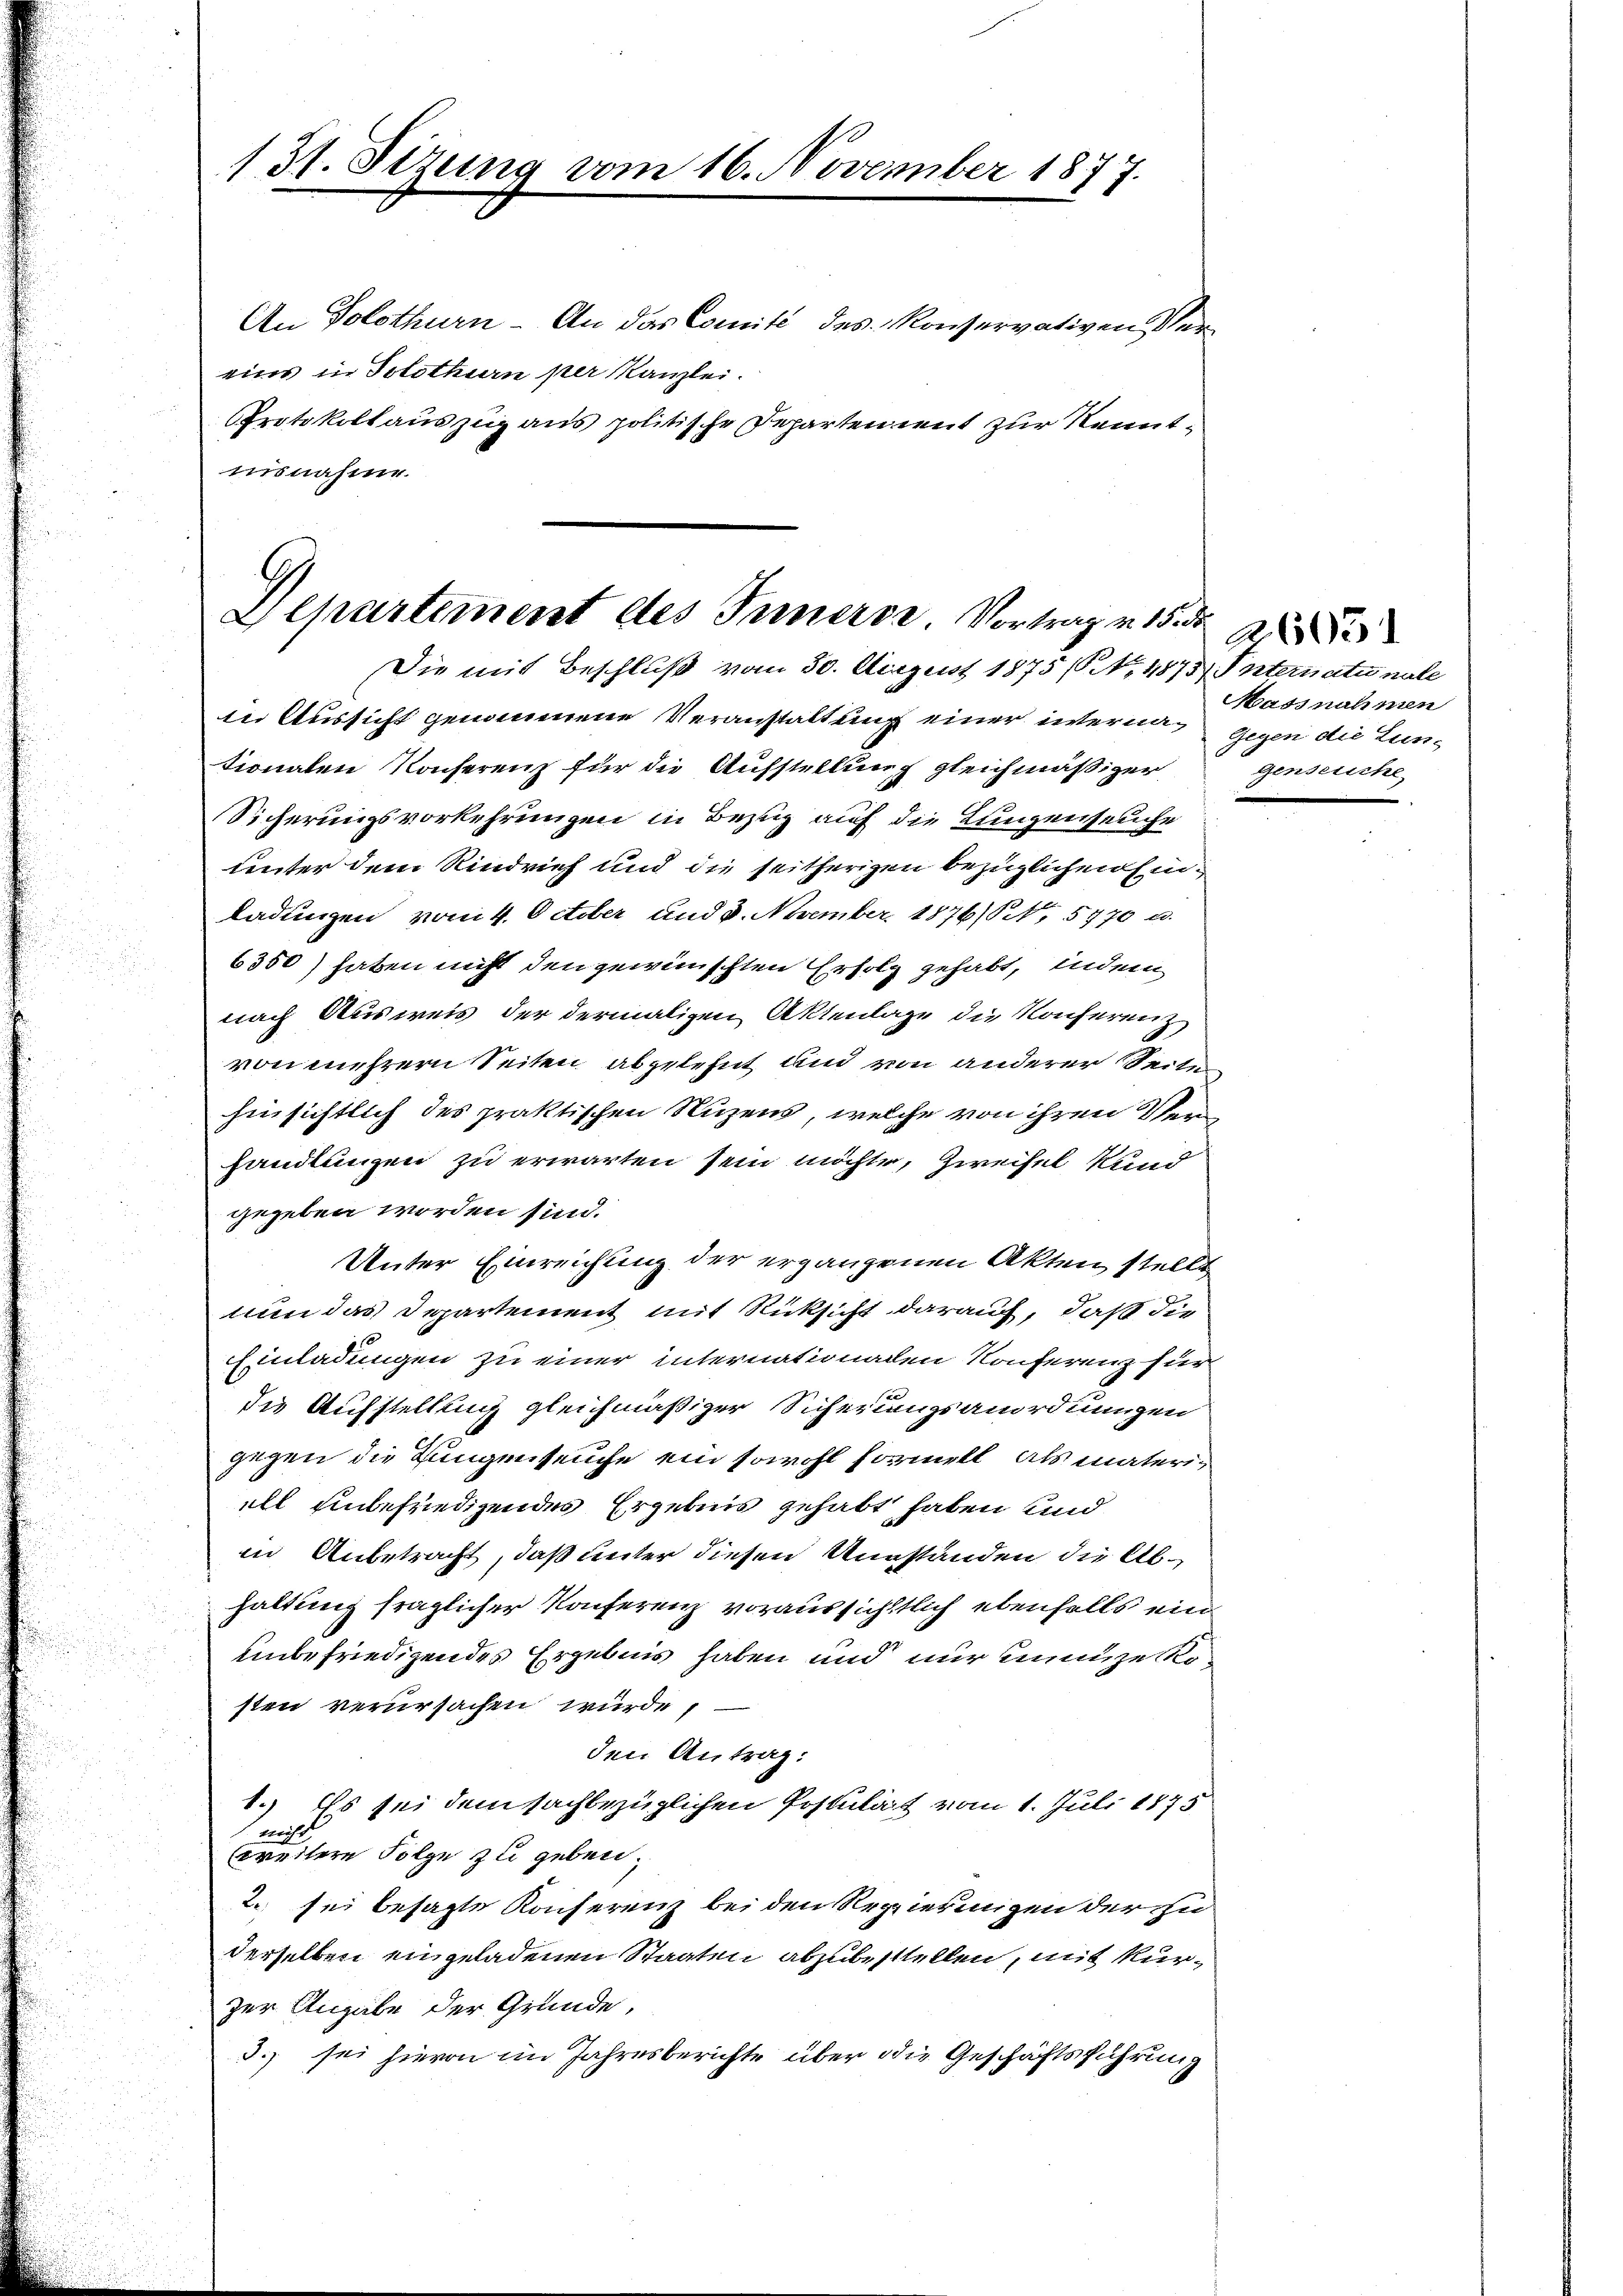
.

131. Sizung vom 16. November 1877.

An Solothurn - An das Comité des Konservativen Vereins in Solothurn per Kanzlei.
Protokollauszug aus politische Departen ment zur Kenntnisnahme.

Departement des Inners. Vortrag v. 15.
Die mit Beschluß vom 30. August 1875 (No. 1875, Internati nale

in Aussicht genommene Veranstaltung einer interna gegen die Luntionalen Konserenz für die Aufstellung gleichmäßiger
Sicherungsvorkehrungen in Bezug auf die Lungenseuche
unter dem Rindrief und die seitherigen bezüglichen Einladungen vom 4. October und 3. November 1876 S. 5770 u.
6300) haben nicht den gewünschten Erholz gehabt, indem
nach Ausweis der dermaligen Aktenlage die Konferenz
von mehrern Seiten abgelehnt und von anderer Seite
hinsichtlich des praktischen Nuzens, welche von ihren 2
handlungen zu erwarten sein möchte, Zweifel kund
gegeben worden sind.
Unter Einreichung der ergangenen Akten, stellt
nun das Departement mit Rücksicht darauf, daß die
Einladungen zu einer internationaden Konferenz für
die Aufstellung gleichmäßiger Sicherungsanordnungen
gegen die Lungenseuche ein sowohl formell als materiill unbefriedigendes Ergebnis gehabt haben und
in Anbetracht, daß unter diesen Umständen die Abhaltung fraglicher Konferenz voraussichtlich ebenfalls ein
unbefriedigendes Ergebnis haben und nur innige Kosten verursachen würde,
den Antrag:
1.) Es sei dem sachbezüglichen Postulat vom 1. Juli 1875
 nicht,
weitere Folge zu geben.
2. sei besagte Konferenz bei den Regierungen der zu
derselben eingeladenen Staaten abzubestellen, mit kurzur Angabe der Grunde,
3. sei hievon im Jahresberichte über die Geschäftsführung

Massnahmen
genseliche